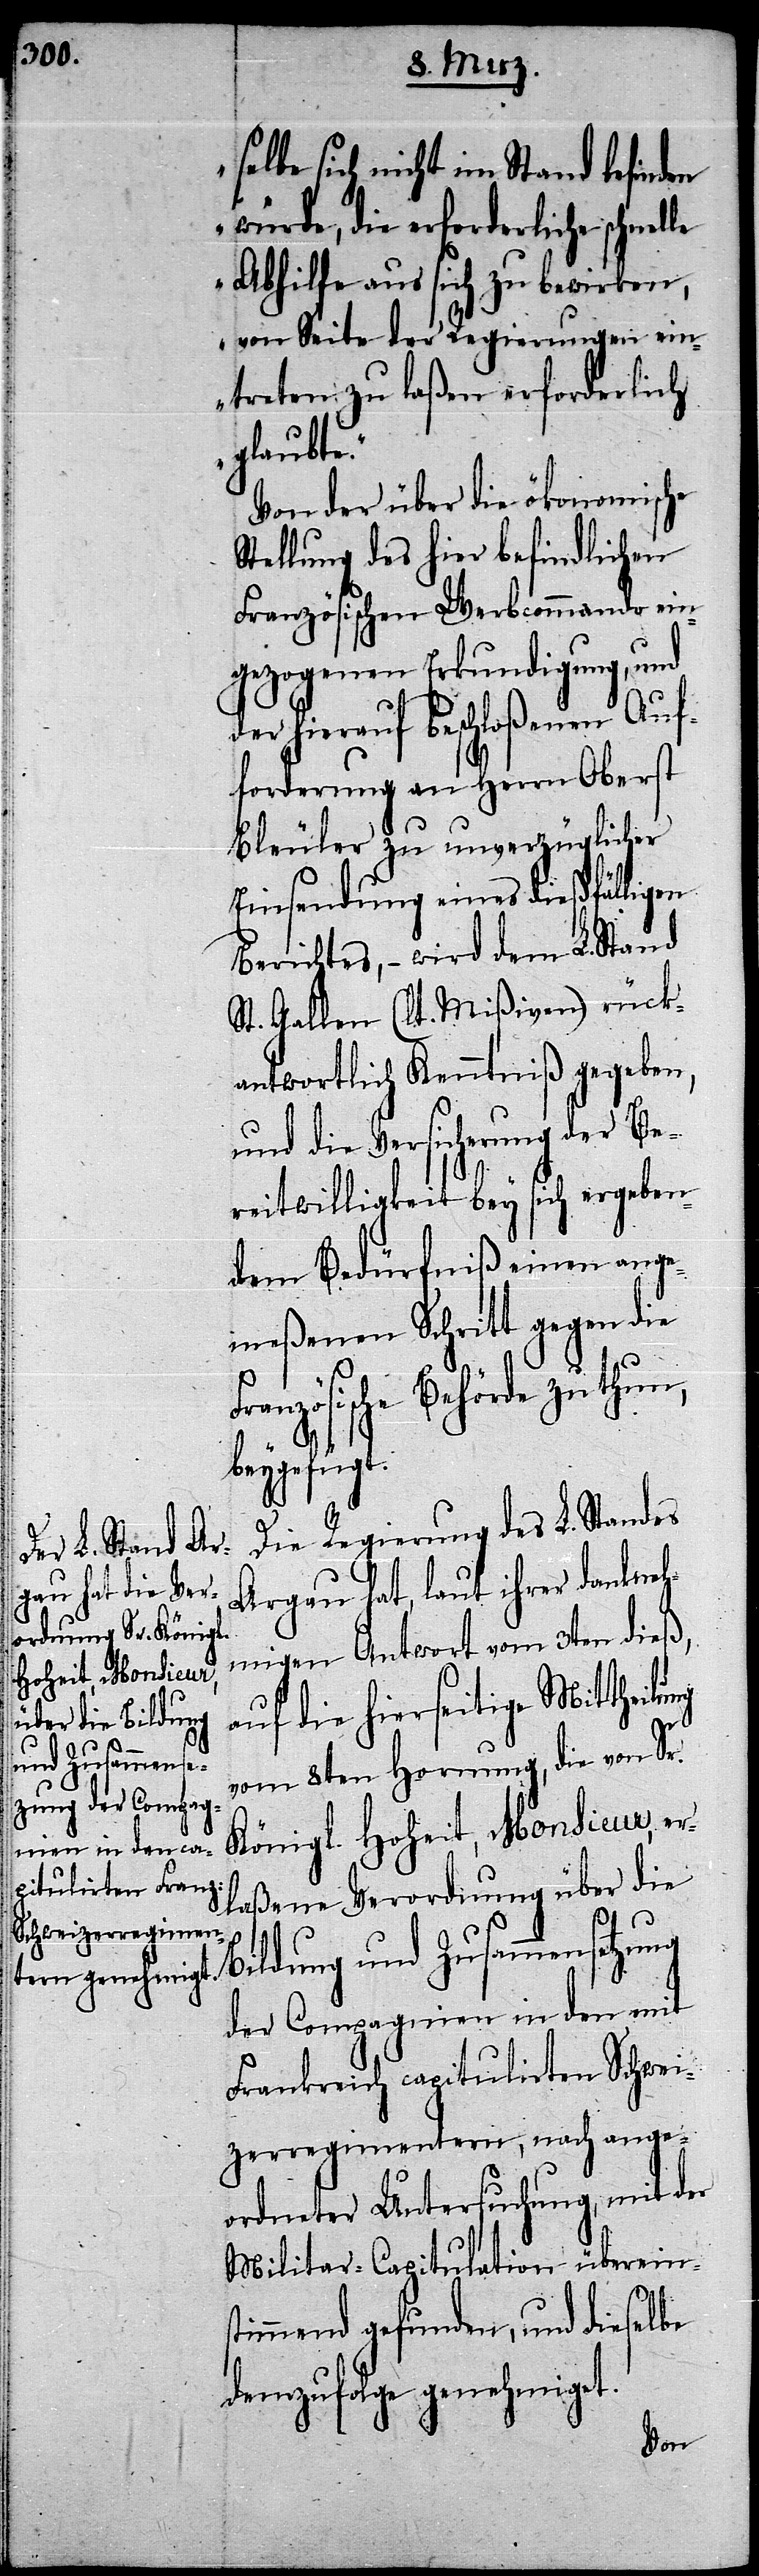
selbe sich nicht im Stand befinden
würde, die erforderliche schnel¬
le Abhilfe aus sich zu bewirken,
von Seite der Regierungen ein¬
treten zu laßen erforderlich
glaubte.“
Von der über die ökonomische
Stellung des hier befindlichen
Französischen Werbcommando ein¬
gezogenen Erkundigung, und
der hierauf beschloßenen Auf¬
forderung an Herrn Oberst
Bleuler zu unverzüglicher
Einsendung eines dießfälligen
Berichtes, – wird dem L. Stand
St. Gallen (lt. Mißiven) rück¬
antwortlich Kenntniß gegeben,
und die Versicherung der Be¬
reitwilligkeit bey sich ergeben¬
dem Bedürfniß einen ange¬
meßenen Schritt gegen die
zösische Behörde zu thun,
beygefügt.
Die Regierung des L. Standes
Argau hat, laut ihrer dankneh¬
migen Antwort vom 3ten dieß,
auf die hierseitige Mittheilu¬
vom 8ten Hornung, die von Sr.
Königl. Hoheit, Monsieur, er¬
laßene Verordnung über di¬
e Bildung und Zusammensetzung
der Compagnien in den mit
Frankreich capitulirten Schwei¬
zerregimentern, nach ange¬
ordneter Untersuchung, mit der
Militar-Capitulation übereins¬
timmend gefunden, und dieselbe
demzufolge genehmiget.
ng